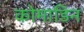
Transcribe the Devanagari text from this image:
कोमाडिन